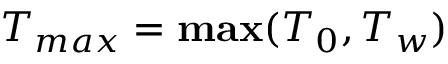
T _ { m a x } = { \bf { m a x } } ( { T _ { 0 } , T _ { w } } )